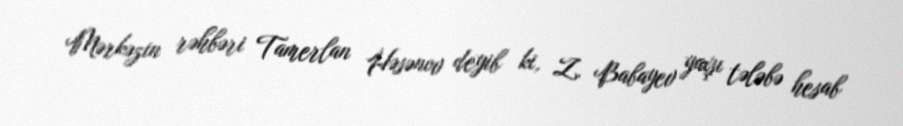
Mərkəzin rəhbəri Tamerlan Həsənov deyib ki, Z. Babayev yaxşı tələbə hesab